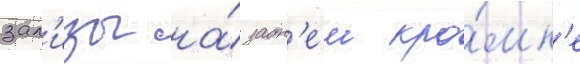
зал'изы на́ задн'еи кро́мк'е